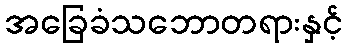
အခြေခံသဘောတရားနှင့်